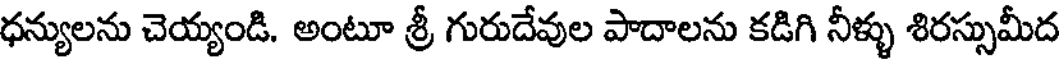
ధన్యులను చెయ్యండి. అంటూ శ్రీ గురుదేవుల పాదాలను కడిగి నీళ్ళు శిరస్సుమీద